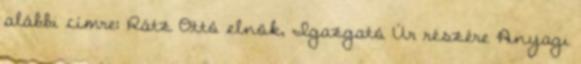
alábbi címre: Rátz Ottó elnök, Igazgató Úr részére Anyagi